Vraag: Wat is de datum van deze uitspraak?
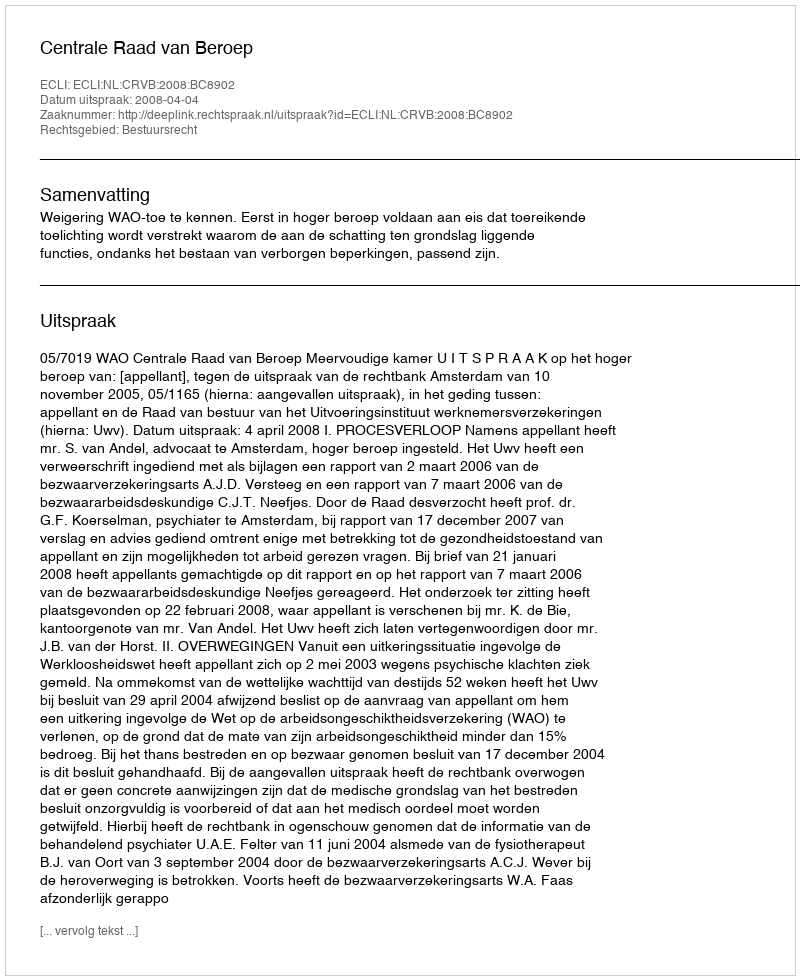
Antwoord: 2008-04-04